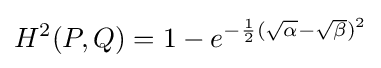
H^{2}(P,Q)=1-e^{-{\frac {1}{2}}({\sqrt {\alpha }}-{\sqrt {\beta }})^{2}}